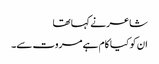
شاعر نے کہا تھا
ان کو کیا کام ہے مروت سے۔